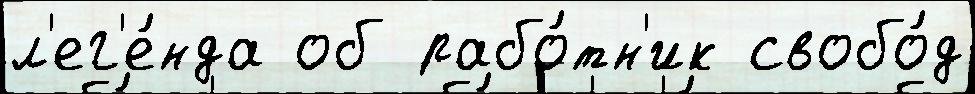
л'ег'е́нда об рабо́тн'ик свобо́д